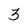
Character: 3